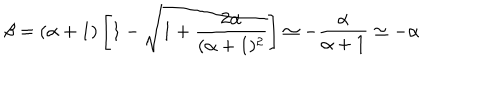
\beta = ( \alpha + 1 ) \left[ 1 - \sqrt { 1 + \frac { 2 \alpha } { ( \alpha + 1 ) ^ { 2 } } } \right] \simeq - \frac { \alpha } { \alpha + 1 } \simeq - \alpha